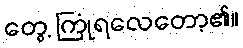
တွေ့ ကြုံရလေတော့၏။